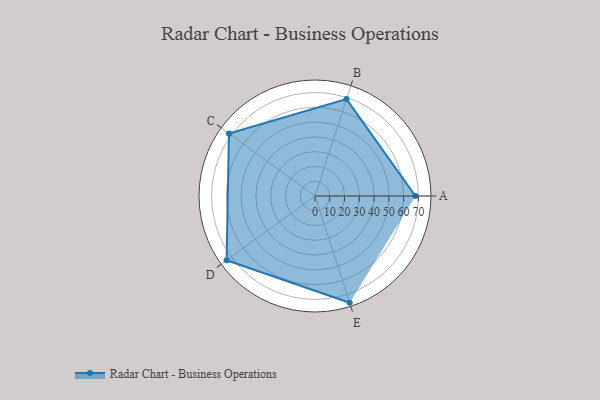
{"axis": {"x": "Skill", "y": "Score"}, "legend": ["Profile"], "data": [{"x": "A", "y": 68.0, "type": "Profile"}, {"x": "B", "y": 69.0, "type": "Profile"}, {"x": "C", "y": 72.0, "type": "Profile"}, {"x": "D", "y": 74.0, "type": "Profile"}, {"x": "E", "y": 76.0, "type": "Profile"}]}